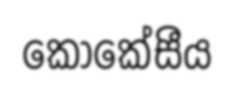
කොකේසීය